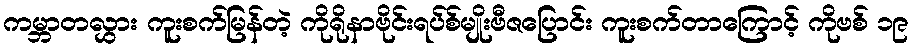
ကမ္ဘာတလွှား ကူးစက်မြန်တဲ့ ကိုရိုနာဗိုင်းရပ်စ်မျိုးဗီဇပြောင်း ကူးစက်တာကြောင့် ကိုဗစ် ၁၉